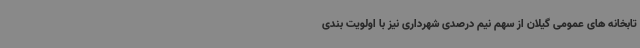
تابخانه های عمومی گیلان از سهم نیم درصدی شهرداری نیز با اولویت بندی